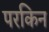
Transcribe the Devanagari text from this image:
परकिन